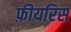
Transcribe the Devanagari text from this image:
फ़ीयरिस